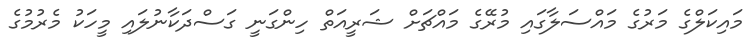
މައިކަލްގެ މަރުގެ މައްސަލާގައި މުރޭގެ މައްޗަށް ޝަރީއަތް ހިންގަނީ ގަސްދަކާނުލައި މީހަކު މެރުމުގެ